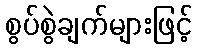
စွပ်စွဲချက်များဖြင့်